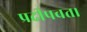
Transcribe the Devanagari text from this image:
प्रदीपवत।